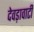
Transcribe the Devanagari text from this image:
देवड़ावाटी